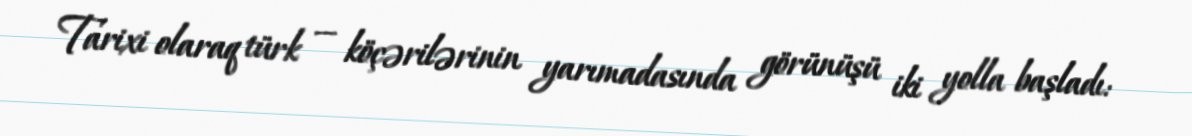
Tarixi olaraq türk — köçərilərinin yarımadasında görünüşü iki yolla başladı: